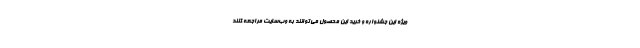
ویژه این جشنواره و خرید این محصول می‌توانند به وب‌سایت مراجعه کنند